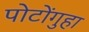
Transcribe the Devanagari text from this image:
पोटोंगुहा